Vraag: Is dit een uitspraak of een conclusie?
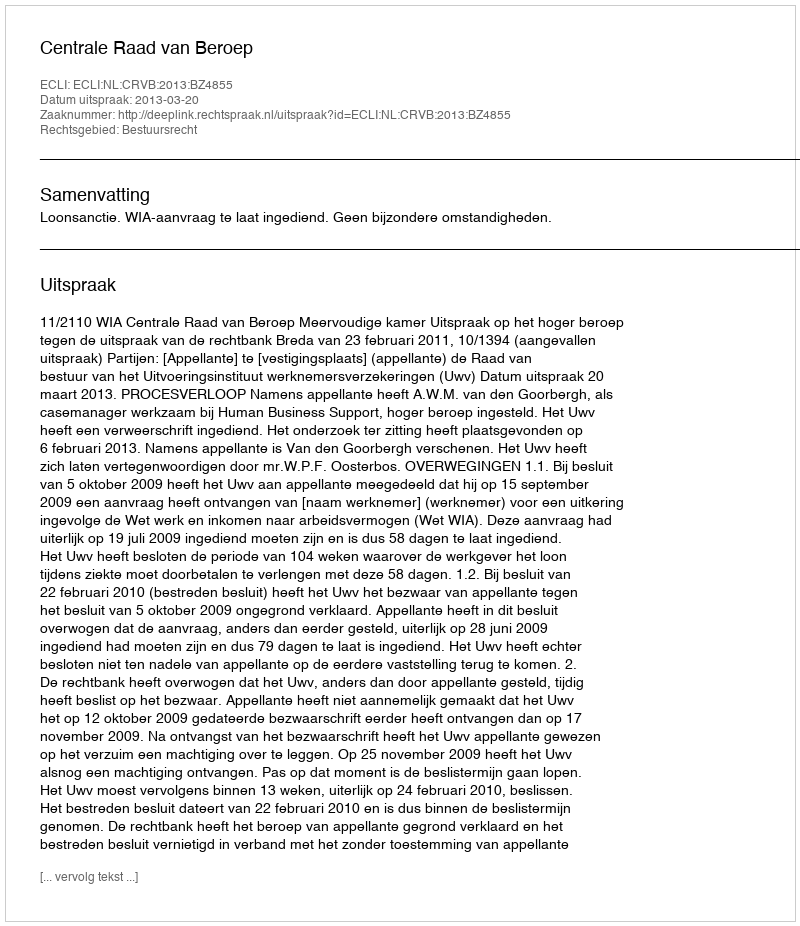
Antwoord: Uitspraak